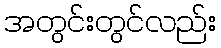
အတွင်းတွင်လည်း